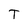
Character: T